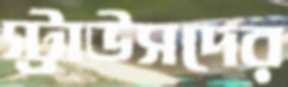
স্ট্রাউসদের